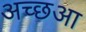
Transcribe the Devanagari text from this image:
अच्छआ